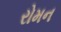
રોમન